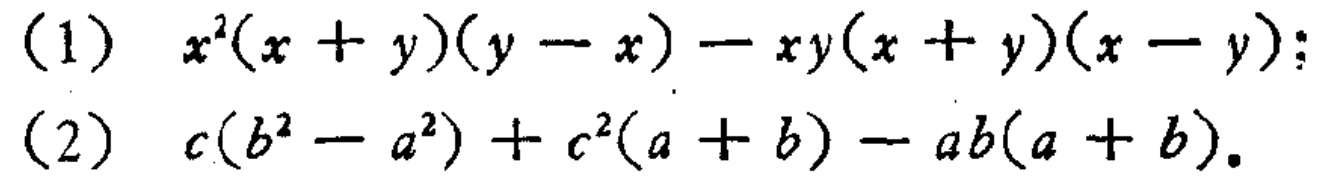
(1) \(x^{2}(x + y)(y - x)-xy(x + y)(x - y)\);

(2) \(c(b^{2}-a^{2})+c^{2}(a + b)-ab(a + b)\)